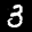
Label: 3